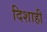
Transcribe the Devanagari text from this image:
दिशाही